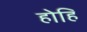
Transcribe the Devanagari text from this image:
होहि